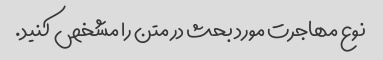
نوع مهاجرت مورد بحث در متن را مشخص کنید.